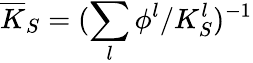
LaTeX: \overline{{K}}_{S}=(\sum_{l}\phi^{l}/K_{S}^{l})^{-1}